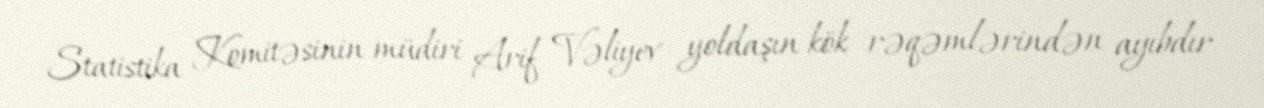
Statistika Komitəsinin müdiri Arif Vəliyev yoldaşın kök rəqəmlərindən ayıbdır